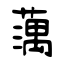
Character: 蕅